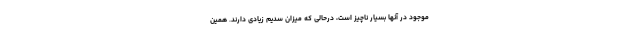
موجود در آنها بسیار ناچیز است، درحالی که میزان سدیم زیادی دارند. همین